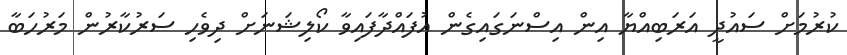
ކުރުމަށް ސައުދީ އަރަބިއްޔާ އިން އިސްނަގައިގެން އުފައްދާފައިވާ ކޯލިޝަނަށް ދިވެހި ސަރުކާރުން މަރުހަބާ